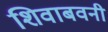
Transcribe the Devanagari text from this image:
शिवाबवनी